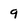
Character: 9